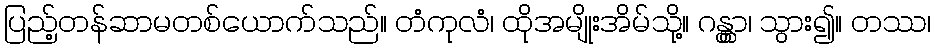
ပြည့်တန်ဆာမတစ်ယောက်သည်။ တံကုလံ၊ ထိုအမျိုးအိမ်သို့။ ဂန္တွာ၊ သွား၍။ တဿ၊